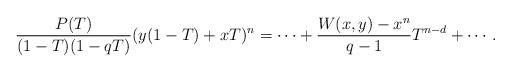
LaTeX: \begin{align*}\frac{P(T)}{(1-T)(1-qT)}(y(1-T)+xT)^n=\cdots +\frac{W(x,y)-x^n}{q-1}T^{n-d}+ \cdots.\end{align*}